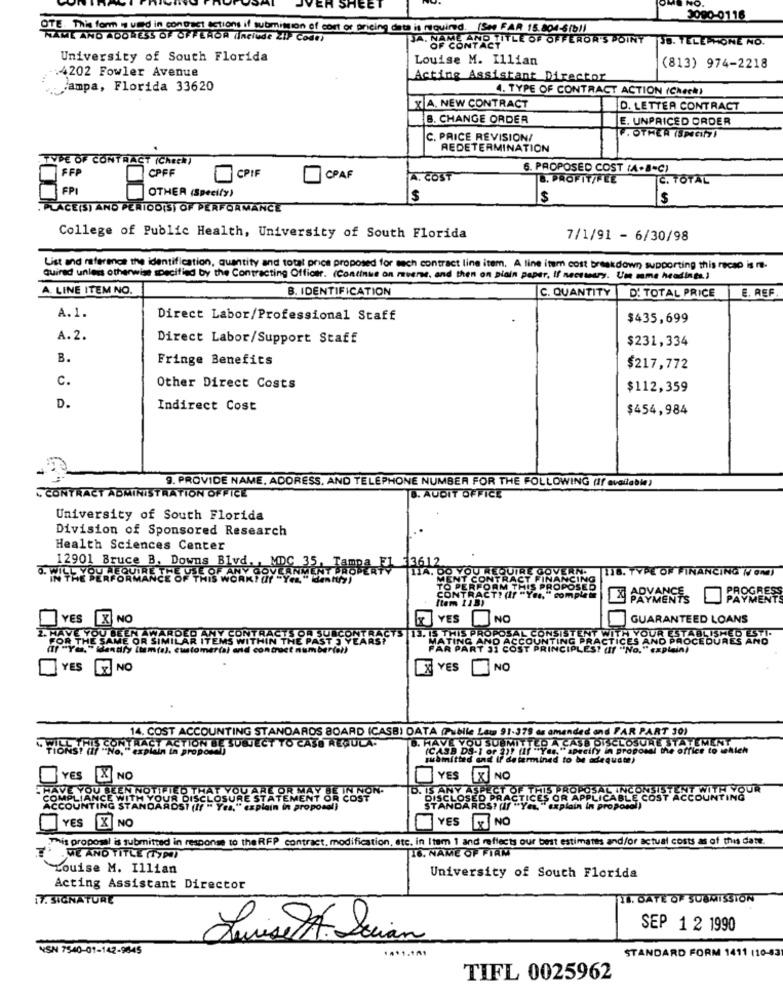
NO.
3000-0116
OTE. This form - vied in contact actions if submit
cont or pricing dots is required. (See FAR 15.804-8(bl)
NAME AND ADDRESS OF OFFEROR (Include 21)- Cost)
JA. NAME AND TITLE OF OFFEROR'S POINT JB. TELEPHONE NO.
OF CONTACT
University of South Florida
Louise M. Illian
(813) 974-2218
:4202 Fowler Avenue
Acting Assistant Director
tampa, Florida 33620
4. TYPE OF CONTRACT ACTION (Check)
XA, NEW CONTRACT
D. LETTER CONTRACT
B. CHANGE ORDER
JE. UNPRICED ORDER
C. PRICE REVISION/
F. OTHER (SPECIFY!
REDETERMINATION
TYPE OF CONTRACT (Check)
CPFF
6. PROPOSED COST (A.B-C)
FFP
CPIF
CPAF
A. COST
B. PROFIT/FEE
C. TOTAL
FPI
OTHER (Specify)
$
$
PLACE(S) AND PERIOD(S) OF PERFORMANCE
College of Public Health, University of South Florida
7/1/91 - 6/30/98
List and reference the identification, quantity and total price proposed for mach contract line item. A line item cost breakdown supporting this nicao is -
quired unless otherwise specified by the Contracting Officer. (Continue on muere, and then on plain paper, If ne
er, If necessary. Une mme headings.)
A. LINE ITEM NO.
B. IDENTIFICATION
C. QUANTITY
D' TOTAL PRICE
E. REF
A. 1.
Direct Labor/Professional Staff
$435,699
A.2.
Direct Labor/Support Staff
$231,334
B.
Fringe Benefits
$217,772
c.
Other Direct Costs
$112,359
D.
Indirect Cost
$454,984
9. PROVIDE NAME, ADDRESS, AND TELEPHONE NUMBER FOR THE FOLLOWING (If available)
CONTRACT ADMINISTRATION OFFICE
8. AUDIT OFFICE
University of South Florida
Division of Sponsored Research
Health Sciences Center
12901 Bruce B. Downs B1
612
116. TYPE OF FINANCING (V ONI
YMENTS
YES X NO
YES
NO
GUARANTEED LOANS
2. HAVE YOU B
IS THIS PR
FOR THE SAN
MATING A
TICES AND PROC
TH YOUR ESTABLISHED ESTI.
RES AND
(If "YO." Kan
FAR PART
"If "No." explain)
YES NO
YES
NO
14. COST ACCOUNTING STANDARDS BOARD (CASB) DATA (Public Law 91-378 as amended and PAR PART 30)
TIONS! (f " No, " explain In proposti SOBECT TO CASO REGULA-
(CASD DS-1 or 2)) ff "Y
VE YOU SUBMITTED A CASE DISCLOSURE STATEMENT
"specify in proposal the office to which
submitted and if determined to be adequate,
YES X NO
YES X NO
HAVE YOU BEL
COMPLIANCEY
OUR DISCI
ORA
ACCOUNTING STA
plain
YES X NO
YES X NO
This proposal is submitted in response to theRFP contract, modification, etc. in Item 1 and reflects our best estimates and/or actual costs as of this date.
16. NAME OF FIAM
ME AND TITLE (TYPa)
Louise M. Illian
University of South Florida
Acting Assistant Director
17. SIGNATURE
II. DATE OF SUBMISSION
SEP 1 2 1990
Luise A. Socian
VSN 7540-01-142-9845
STANDARD FORM 1411 (10-43
TIFL 0025962